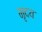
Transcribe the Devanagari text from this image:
मृदय